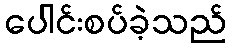
ပေါင်းစပ်ခဲ့သည်